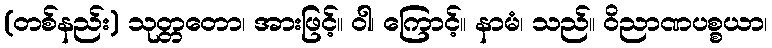
(တစ်နည်း) သုတ္တတော၊ အားဖြင့်။ ဝါ၊ ကြောင့်။ နာမံ၊ သည်။ ဝိညာဏပစ္စယာ၊